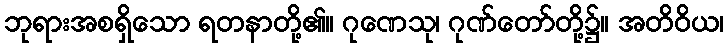
ဘုရားအစရှိသော ရတနာတို့၏။ ဂုဏေသု၊ ဂုဏ်တော်တို့၌။ အတိဝိယ၊